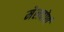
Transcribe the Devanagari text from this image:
मेलबोर्ण